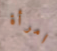
امرأة